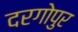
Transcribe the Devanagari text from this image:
दरगोपुर